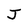
Character: J